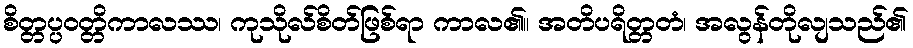
စိတ္တပ္ပဝတ္တိကာလဿ၊ ကုသိုလ်စိတ်ဖြစ်ရာ ကာလ၏။ အတိပရိတ္တတံ၊ အလွန်တိုလျသည်၏